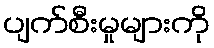
ပျက်စီးမှုများကို